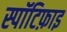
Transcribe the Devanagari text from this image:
स्पॉटिफ़ाइ